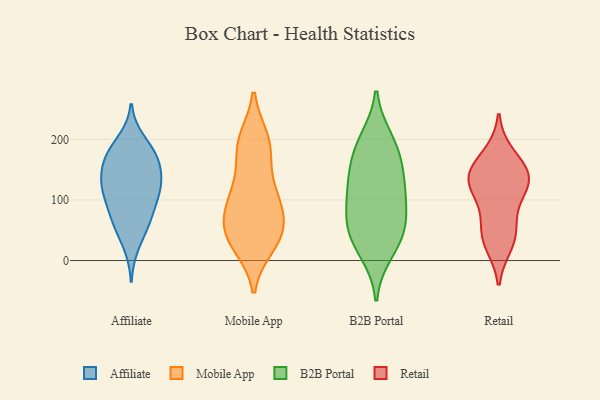
{"axis": {"x": "Conversion Rate (%)", "y": "Value"}, "legend": ["Affiliate", "B2B Portal", "Mobile App", "Retail"], "data": [{"x": "", "y": 81, "type": "Affiliate"}, {"x": "", "y": 157, "type": "Affiliate"}, {"x": "", "y": 125, "type": "Affiliate"}, {"x": "", "y": 150, "type": "Affiliate"}, {"x": "", "y": 120, "type": "Affiliate"}, {"x": "", "y": 172, "type": "Affiliate"}, {"x": "", "y": 57, "type": "Affiliate"}, {"x": "", "y": 64, "type": "Affiliate"}, {"x": "", "y": 108, "type": "Affiliate"}, {"x": "", "y": 174, "type": "Affiliate"}, {"x": "", "y": 132, "type": "Affiliate"}, {"x": "", "y": 65, "type": "Affiliate"}, {"x": "", "y": 163, "type": "Affiliate"}, {"x": "", "y": 105, "type": "Affiliate"}, {"x": "", "y": 118, "type": "Affiliate"}, {"x": "", "y": 24, "type": "Affiliate"}, {"x": "", "y": 199, "type": "Affiliate"}, {"x": "", "y": 188, "type": "Affiliate"}, {"x": "", "y": 64, "type": "Mobile App"}, {"x": "", "y": 41, "type": "Mobile App"}, {"x": "", "y": 197, "type": "Mobile App"}, {"x": "", "y": 189, "type": "Mobile App"}, {"x": "", "y": 27, "type": "Mobile App"}, {"x": "", "y": 199, "type": "Mobile App"}, {"x": "", "y": 46, "type": "Mobile App"}, {"x": "", "y": 76, "type": "Mobile App"}, {"x": "", "y": 177, "type": "Mobile App"}, {"x": "", "y": 104, "type": "Mobile App"}, {"x": "", "y": 25, "type": "Mobile App"}, {"x": "", "y": 118, "type": "Mobile App"}, {"x": "", "y": 47, "type": "Mobile App"}, {"x": "", "y": 117, "type": "Mobile App"}, {"x": "", "y": 89, "type": "Mobile App"}, {"x": "", "y": 113, "type": "B2B Portal"}, {"x": "", "y": 49, "type": "B2B Portal"}, {"x": "", "y": 34, "type": "B2B Portal"}, {"x": "", "y": 61, "type": "B2B Portal"}, {"x": "", "y": 117, "type": "B2B Portal"}, {"x": "", "y": 14, "type": "B2B Portal"}, {"x": "", "y": 167, "type": "B2B Portal"}, {"x": "", "y": 151, "type": "B2B Portal"}, {"x": "", "y": 190, "type": "B2B Portal"}, {"x": "", "y": 199, "type": "B2B Portal"}, {"x": "", "y": 108, "type": "B2B Portal"}, {"x": "", "y": 65, "type": "B2B Portal"}, {"x": "", "y": 129, "type": "Retail"}, {"x": "", "y": 174, "type": "Retail"}, {"x": "", "y": 43, "type": "Retail"}, {"x": "", "y": 147, "type": "Retail"}, {"x": "", "y": 133, "type": "Retail"}, {"x": "", "y": 95, "type": "Retail"}, {"x": "", "y": 126, "type": "Retail"}, {"x": "", "y": 28, "type": "Retail"}, {"x": "", "y": 48, "type": "Retail"}, {"x": "", "y": 145, "type": "Retail"}]}